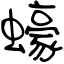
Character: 蠔